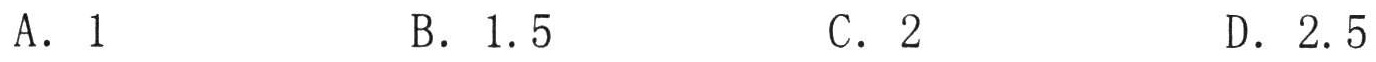
A. \(1\)  B. \(1.5\)  C. \(2\)  D. \(2.5\)